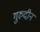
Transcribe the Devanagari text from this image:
गुरुदीन